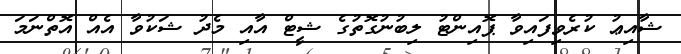
ޝާއިޢު ކުރެވިފައިވާ ޕޮއިންޓު ލިބުނުގޮތުގެ ޝީޓް އާއި މެދު ޝަކުވާ އެއް އޮތްނަމަ